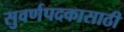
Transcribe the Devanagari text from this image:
सुवर्णपदकासाठी